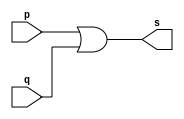
//--------------------------------------
//Exercicio0008 - OR com 3 entradas
//Nome: Mateus Guilherme do Carmo Cruz
//Matrcula: 427446
//---------------------------------------

//------------------
//-- simple or gate
//------------------

module simpleorgate(output s, input p, input q);
	assign s = p|q;
endmodule //simpleorgate

//------------------
//-- or gate
//------------------

module orgate(output s,input p,input q, input r);
	wire aux;
	simpleorgate OR1(aux,p,q);
	assign s = aux | r;
endmodule //orgate

//--------------------
//-- test or gate
//--------------------

module testorgate;
	//------------ definir dados
	reg a,b,c;	//definir registradores
	wire s;	//conexo(fio)
	
	//------------------- instancia
	orgate OR2(s,a,b,c);
	
	//-------------------preparacao
	initial begin:start
		a=0;b=0;c=0;
	end
	
	//-------------------parte principal
	initial begin
		$display("Exercicio0008 - Mateus Guilherme do Carmo Cruz - 427446");
		$display("Test OR gate com 3 entradas");
		$display("\na | b | c = s\n");
		$monitor("%b | %b | %b = %b",a,b,c,s);
		#1 a=0;b=0;c=1;
		#1 a=0;b=1;c=0;
		#1 a=1;b=0;c=0;
		#1 a=1;b=1;c=0;
		#1 a=1;b=0;c=1;
		#1 a=0;b=1;c=1;
		#1 a=1;b=1;c=1;
	end

endmodule//testandgate